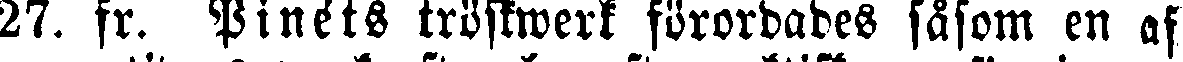
27. fr. Pinéts tröstwerk förordades såsom en af